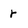
Character: r